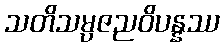
သတိသမ္ပဇညဝိပန္နဿ